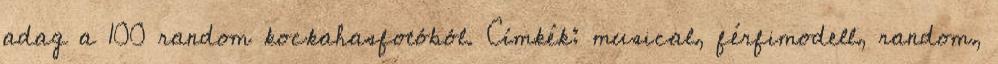
adag a 100 random kockahasfotóból. Címkék: musical, férfimodell, random,